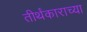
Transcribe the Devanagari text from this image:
तीर्थंकाराच्या